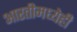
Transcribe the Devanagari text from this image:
आरतीमध्येही